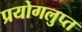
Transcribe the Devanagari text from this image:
प्रयोगलुप्त